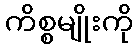
ကိစ္စမျိုးကို